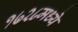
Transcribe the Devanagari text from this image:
१७२८मध्ये